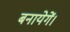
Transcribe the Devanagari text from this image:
बनायेगें।